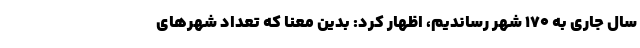
سال جاری به ۱۷۰ شهر رساندیم، اظهار کرد: بدین معنا که تعداد شهرهای